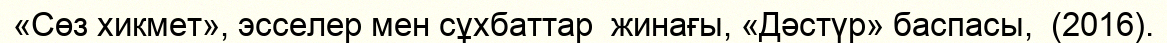
«Сөз хикмет», эсселер мен сұхбаттар  жинағы, «Дәстүр» баспасы,  (2016).